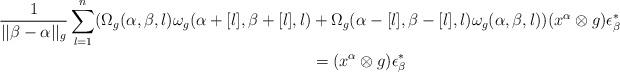
LaTeX: \begin{align*}\frac{1}{||\beta-\alpha||_g} \sum_{l=1}^n (\Omega_g(\alpha, \beta, l)\omega_g(\alpha+[l], \beta+[l], l) &+\Omega_g(\alpha-[l], \beta-[l], l) \omega_g(\alpha, \beta, l))(x^{\alpha} \otimes g) \epsilon_{\beta}^* \\& = (x^{\alpha} \otimes g) \epsilon_{\beta}^* \end{align*}